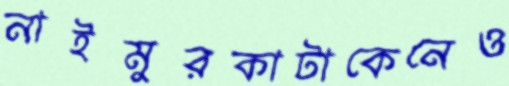
নাইমুরকাটাকেনেও